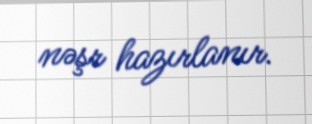
nəşr hazırlanır.